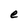
Character: e